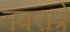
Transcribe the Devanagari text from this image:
नवरात्रे